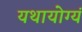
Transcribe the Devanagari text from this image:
यथायोग्यं